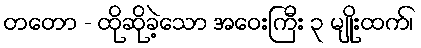
တတော - ထိုဆိုခဲ့သော အဝေးကြီး ၃ မျိုးထက်၊